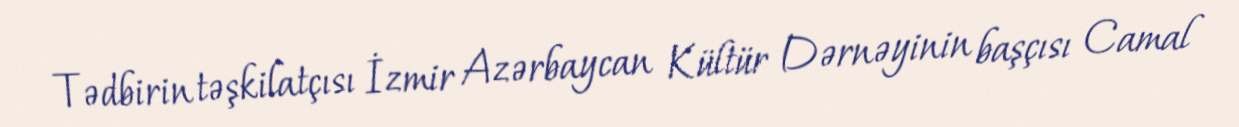
Tədbirin təşkilatçısı İzmir Azərbaycan Kültür Dərnəyinin başçısı Camal